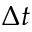
\Delta t